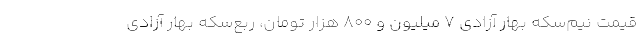
قیمت نیم‌سکه بهار آزادی 7 میلیون و 800 هزار تومان، ربع‌سکه بهار آزادی